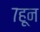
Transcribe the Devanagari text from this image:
७हून